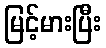
မြင့်မားပြီး